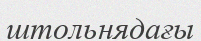
штольнядағы